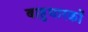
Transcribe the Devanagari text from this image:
बाहुधारकों